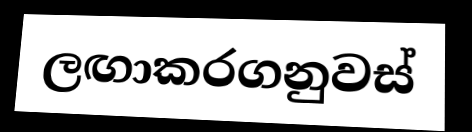
ලඟාකරගනුවස්